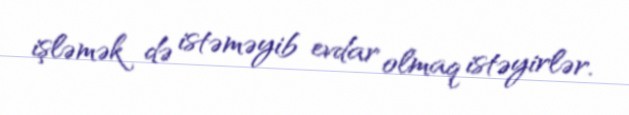
işləmək də istəməyib evdar olmaq istəyirlər.